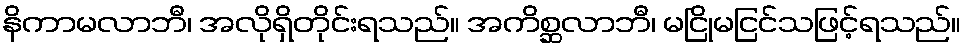
နိကာမလာဘီ၊ အလိုရှိတိုင်းရသည်။ အကိစ္ဆလာဘီ၊ မငြိုမငြင်သဖြင့်ရသည်။